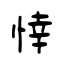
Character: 悻